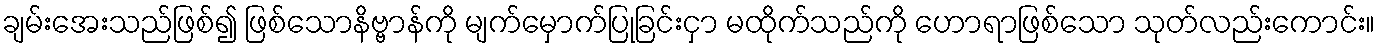
ချမ်းအေးသည်ဖြစ်၍ ဖြစ်သောနိဗ္ဗာန်ကို မျက်မှောက်ပြုခြင်းငှာ မထိုက်သည်ကို ဟောရာဖြစ်သော သုတ်လည်းကောင်း။